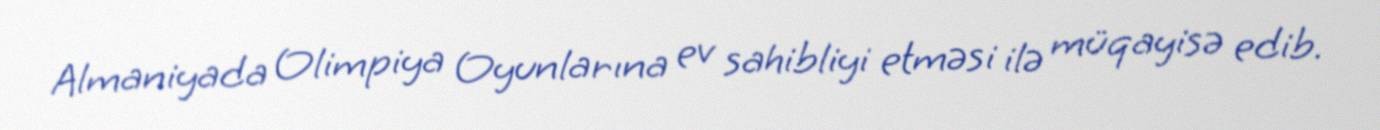
Almaniyada Olimpiya Oyunlarına ev sahibliyi etməsi ilə müqayisə edib.